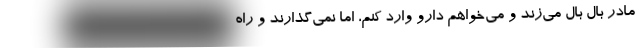
مادر بال بال می‌زند و می‌خواهم دارو وارد کنم، اما نمی‌گذارند و راه